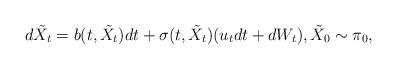
LaTeX: \begin{align*} d\tilde X_t = b(t,\tilde X_t) dt + \sigma(t,\tilde X_t) (u_tdt+dW_t),\tilde X_0\sim \pi_0, \end{align*}